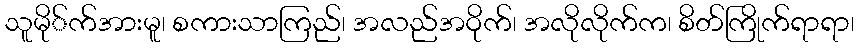
သူမို်က်အားမူ၊ စကားသာကြည်၊ အလည်အဝိုက်၊ အလိုလိုက်က၊ စိတ်ကြိုက်ရာရာ၊